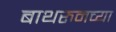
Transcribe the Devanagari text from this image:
बाथरुमच्‍या